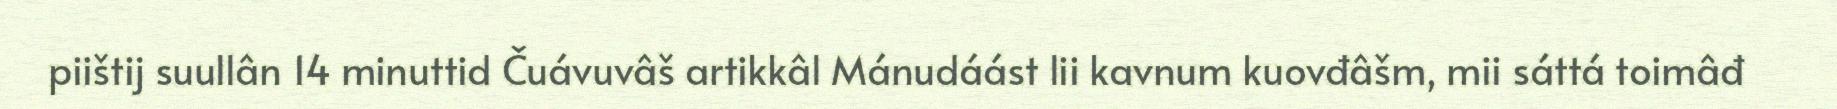
piištij suullân 14 minuttid Čuávuvâš artikkâl Mánudáást lii kavnum kuovđâšm, mii sáttá toimâđ